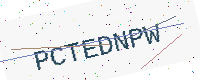
Text: PCTEDNPW